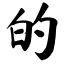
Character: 的